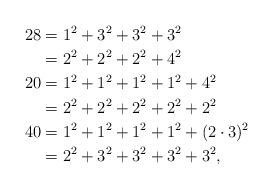
LaTeX: \begin{align*}28 &= 1^2 + 3^2 + 3^2 + 3^2 \\*&= 2^2 + 2^2 + 2^2 + 4^2 \\20 &= 1^2 + 1^2 + 1^2 + 1^2 + 4^2 \\*&= 2^2 + 2^2 + 2^2 + 2^2 + 2^2 \\40&= 1^2 + 1^2 + 1^2 + 1^2 + (2\cdot3)^2 \\*&= 2^2 + 3^2 + 3^2 + 3^2 + 3^2,\end{align*}